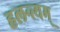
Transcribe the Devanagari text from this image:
हलन्त्यम्